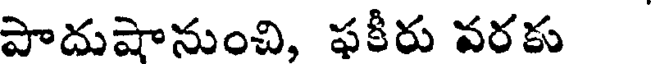
పాదుషానుంచి, ఫకీరు వరకు